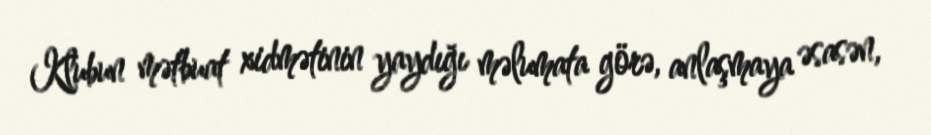
Klubun mətbuat xidmətinin yaydığı məlumata görə, anlaşmaya əsasən,